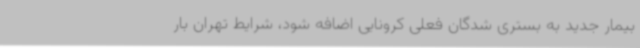
بیمار جدید به بستری شدگان فعلی کرونایی اضافه شود، شرایط تهران بار